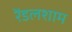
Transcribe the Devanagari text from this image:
रेंडलशाम